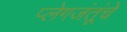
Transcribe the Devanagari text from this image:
प्लेगजंतूंचे